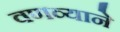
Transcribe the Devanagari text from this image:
वणव्याने